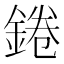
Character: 錈